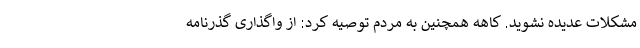
مشکلات عدیده نشوید. کاهه همچنین به مردم توصیه کرد: از واگذاری گذرنامه